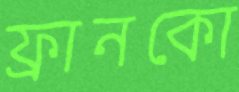
ফ্রানকো